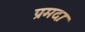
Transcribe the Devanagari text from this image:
प्रमदाः